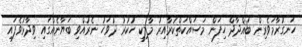
ހަނގުރާމަވެރިން ބަޣްދާދް ހިފަން މަސައްކަތްކުރާއިރު މާލިކީ ހުކުރު ދުވަހު ނެރުއްވި ބަޔާނެއްގައި ވިދާޅުވެފައި